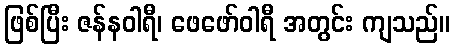
ဖြစ်ပြီး ဇန်နဝါရီ၊ ဖေဖော်ဝါရီ အတွင်း ကျသည်။